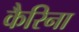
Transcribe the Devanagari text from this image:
कैरिना